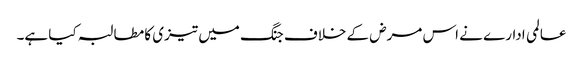
عالمی ادارے نے اس مرض کے خلاف جنگ میں تیزی کا مطالبہ کیا ہے۔